NAE_ERA_R-2324_Eesti_Vabariigi_Pohiseaduslik_Assamblee, lk 307
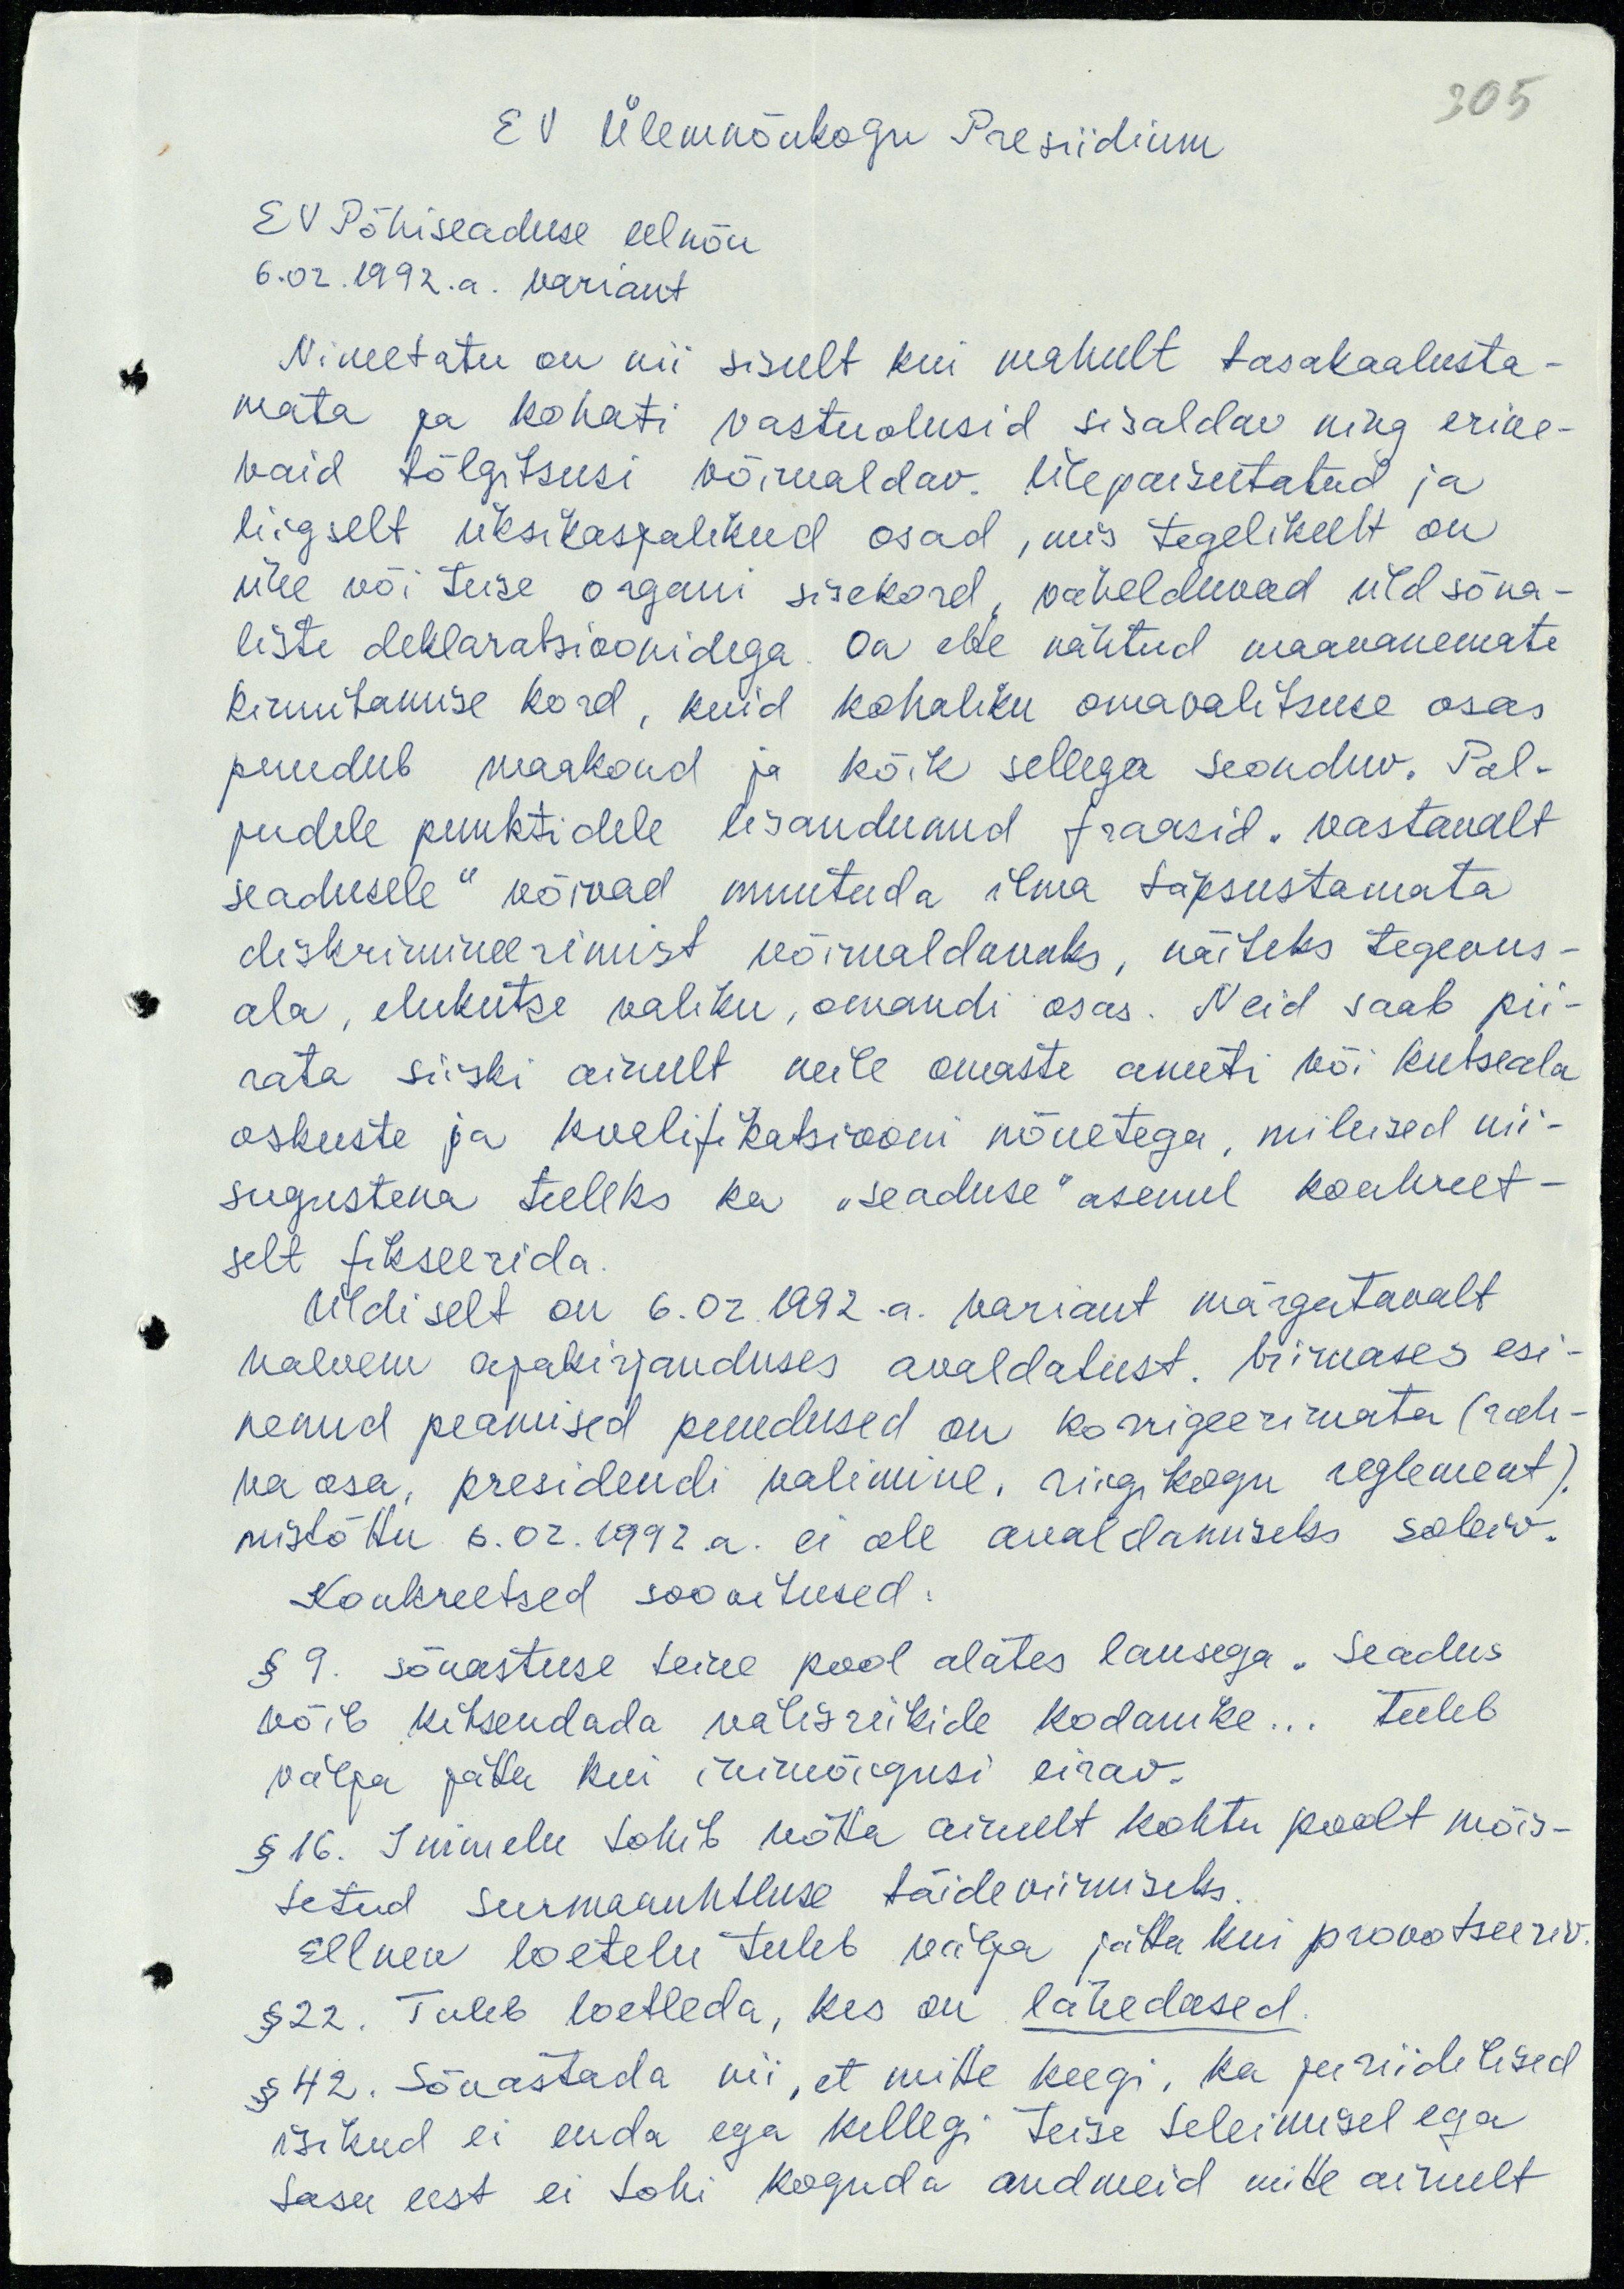
305

EV Ülemnõukogu Presiidium
EV Põhiseaduse eelnõu
6.02.1992.a. variant
Nimetatu on nii sisult kui mahult tasakaalusta-
mata ja kohati vastuolusid sisaldav ning erine-
vaid tõlgitsusi võimaldav. Ülepaisutatud ja
liigselt üksikasjalikud osad, mis tegelikult on
ühe või teise organi sisekord, vahelduvad üldsõna-
liste deklaratsioonidega. On ette nähtud maavanemate
kinnitamise kord, kuid kohaliku omavalitsuse osas
puudub maakond ja kõik sellega seonduv. Pal-
judele punktidele lisanduvud fraasid "vastavalt
seadusele" võivad muutada ilma täpsustamata
diskrimineerimist võimaldavaks, näiteks tegevus-
ala, elukutse valiku, omandi osas. Neid saab pii-
rata siiski ainult neile omaste ameti või kutseala
oskuste ja kvalifikatsiooni nõuetega, millised nii-
sugustena tuleks ka "seaduse" asemel konkreet-
selt fikseerida.
Üldiselt on 6.02.1992.a. variant märgatavalt
halvem ajakirjanduses avaldatust. Viimases esi-
nenud peamised puudused on korrigeerimata (rah-
va osa, presidendi valimine, riigikogu reglement).
mistõttu 6.02.1992.a. ei ole avaldamiseks sobiv.
Konkreetsed soovitused:
§ 9. sõnastuse teine pool alates lausega "Seadus
võib kitsendada välisriikide kodanike... tuleb
välja jätta kui inimõigusi eirav.
§ 16. Inimelu tohib võtta ainult kohtu poolt mõis-
tetud surmanuhtluse täideviimiseks.
Eelnev loetelu tuleb välja jätta kui provotseeriv.
§ 22. Tuleb loetleda, kes on lähedased.
§ 42. Sõnastada nii, et mitte keegi, ka juriidilised
isikud ei enda ega kellegi teise tellimisel ega
tasu eest ei tohi koguda andmeid mitte ainult